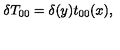
\delta T _ { 0 0 } = \delta ( y ) t _ { 0 0 } ( x ) ,